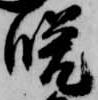
晩